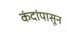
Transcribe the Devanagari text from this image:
कंदांपासून